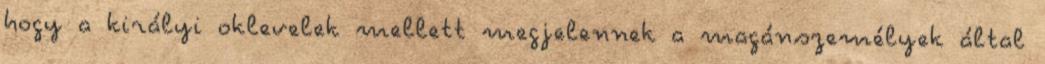
hogy a királyi oklevelek mellett megjelennek a magánszemélyek által